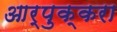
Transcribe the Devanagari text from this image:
आर्पुक्करा